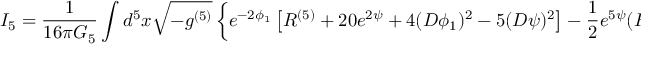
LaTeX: I _ { 5 } = \frac { 1 } { 1 6 \pi G _ { 5 } } \int d ^ { 5 } x \sqrt { - g ^ { ( 5 ) } } \left\{ e ^ { - 2 \phi _ { 1 } } \left[ R ^ { ( 5 ) } + 2 0 e ^ { 2 \psi } + 4 ( D \phi _ { 1 } ) ^ { 2 } - 5 ( D \psi ) ^ { 2 } \right] - \frac { 1 } { 2 } e ^ { 5 \psi } ( F _ { 1 } ^ { ( 5 ) 2 } + F _ { 2 } ^ { ( 5 ) 2 } ) \right\}